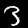
Digit: 3